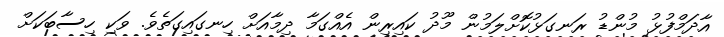
އާދަމްފުޅު މުންޑު ރަނގަޅުކޮށްލަމުން މޫދު ކައިރިން އެއްގަމާ ދިމާއަށް ހިނގައިގަތެވެ. ވަކި ހިސާބަކަށް